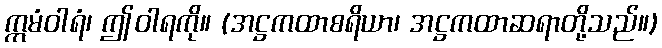
ဣမံဝါရံ၊ ဤဝါရကို။ (အဋ္ဌကထာစရိယာ၊ အဋ္ဌကထာဆရာတို့သည်။)